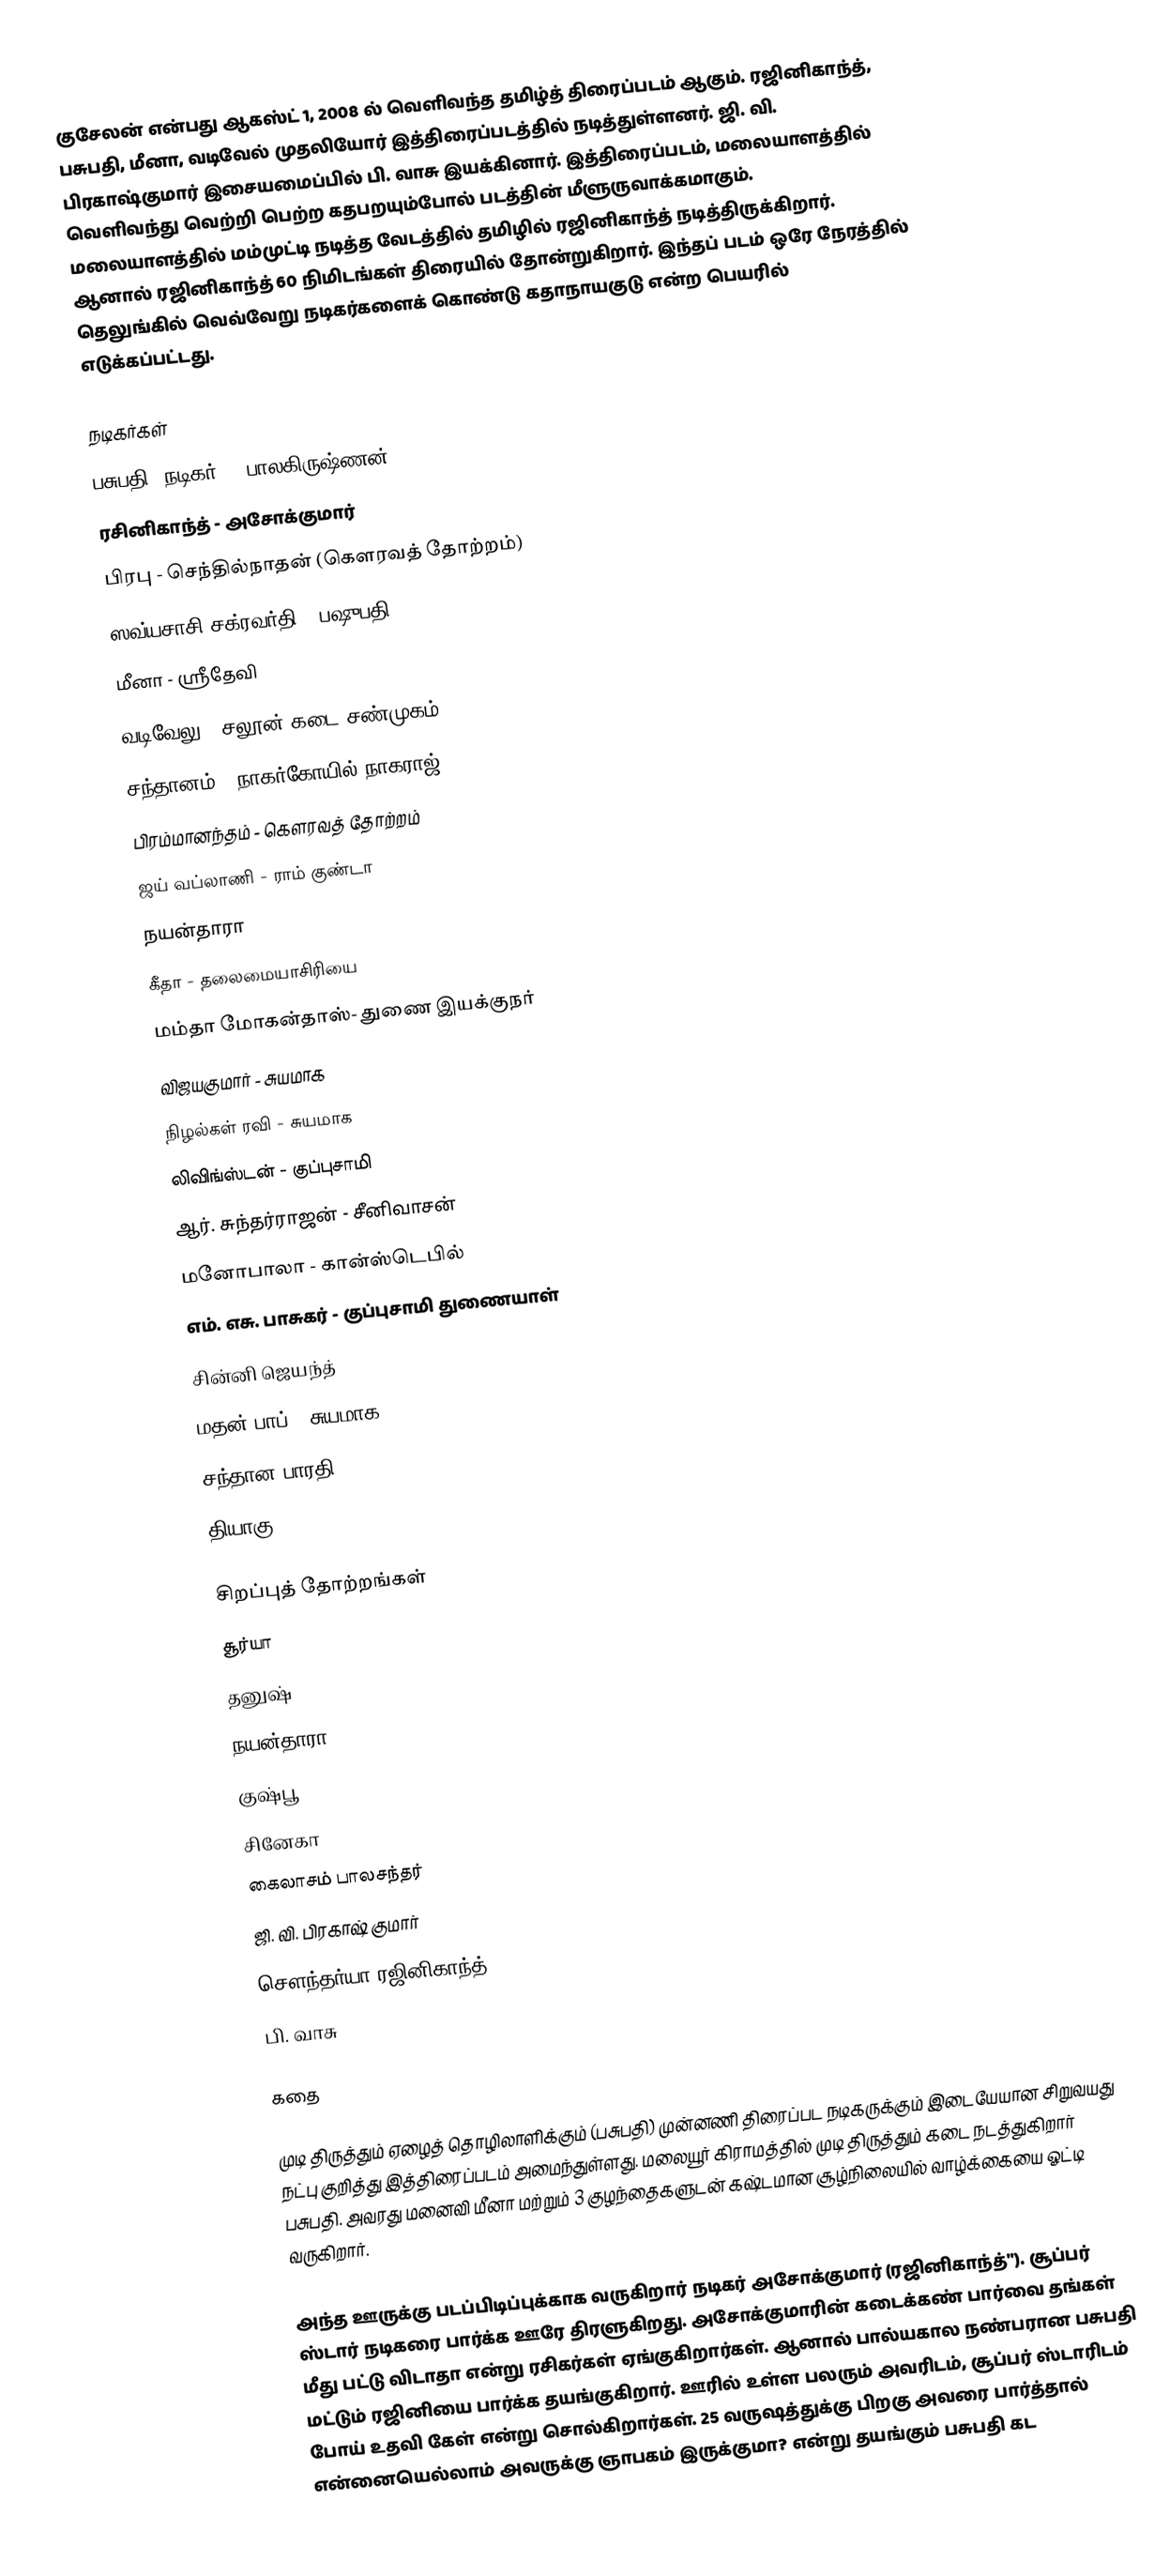
குசேலன் என்பது ஆகஸ்ட் 1, 2008 ல் வெளிவந்த தமிழ்த் திரைப்படம் ஆகும். ரஜினிகாந்த், பசுபதி, மீனா, வடிவேல் முதலியோர் இத்திரைப்படத்தில் நடித்துள்ளனர். ஜி. வி. பிரகாஷ்குமார் இசையமைப்பில் பி. வாசு இயக்கினார். இத்திரைப்படம், மலையாளத்தில் வெளிவந்து வெற்றி பெற்ற கதபறயும்போல் படத்தின் மீளுருவாக்கமாகும். மலையாளத்தில் மம்முட்டி நடித்த வேடத்தில் தமிழில் ரஜினிகாந்த் நடித்திருக்கிறார். ஆனால் ரஜினிகாந்த் 60 நிமிடங்கள் திரையில் தோன்றுகிறார். இந்தப் படம் ஒரே நேரத்தில் தெலுங்கில் வெவ்வேறு நடிகர்களைக் கொண்டு கதாநாயகுடு என்ற பெயரில் எடுக்கப்பட்டது.

நடிகர்கள்
 பசுபதி (நடிகர்) - பாலகிருஷ்ணன்
 ரசினிகாந்த் - அசோக்குமார்
 பிரபு - செந்தில்நாதன் (கௌரவத் தோற்றம்)
 ஸவ்யசாசி சக்ரவர்தி - பஷுபதி
 மீனா - ஶ்ரீதேவி
 வடிவேலு - சலூன் கடை சண்முகம்
 சந்தானம் - நாகர்கோயில் நாகராஜ்
 பிரம்மானந்தம் - கௌரவத் தோற்றம்
 ஜய் வப்லாணி - ராம் குண்டா
 நயன்தாரா
 கீதா - தலைமையாசிரியை
 மம்தா மோகன்தாஸ்- துணை இயக்குநர்
 விஜயகுமார் - சுயமாக
 நிழல்கள் ரவி - சுயமாக
 லிவிங்ஸ்டன்  - குப்புசாமி
 ஆர். சுந்தர்ராஜன் - சீனிவாசன்
 மனோபாலா - கான்ஸ்டெபில்
 எம். எசு. பாசுகர் - குப்புசாமி துணையாள்
 சின்னி ஜெயந்த்
 மதன் பாப் - சுயமாக
 சந்தான பாரதி
தியாகு

சிறப்புத் தோற்றங்கள்
 சூர்யா
 தனுஷ்
 நயன்தாரா
 குஷ்பூ
 சினேகா
 கைலாசம் பாலசந்தர்
 ஜி. வி. பிரகாஷ் குமார்
 சௌந்தர்யா ரஜினிகாந்த்
 பி. வாசு

கதை

முடி திருத்தும் ஏழைத் தொழிலாளிக்கும் (பசுபதி) முன்னணி திரைப்பட நடிகருக்கும் இடையேயான சிறுவயது நட்பு குறித்து இத்திரைப்படம் அமைந்துள்ளது. மலையூர் கிராமத்தில் முடி திருத்தும் கடை நடத்துகிறார் பசுபதி. அவரது மனைவி மீனா மற்றும் 3 குழந்தைகளுடன் கஷ்டமான சூழ்நிலையில் வாழ்க்கையை ஓட்டி வருகிறார்.

அந்த ஊருக்கு படப்பிடிப்புக்காக வருகிறார் நடிகர் அசோக்குமார் (ரஜினிகாந்த்''). சூப்பர் ஸ்டார் நடிகரை பார்க்க ஊரே திரளுகிறது. அசோக்குமாரின் கடைக்கண் பார்வை தங்கள் மீது பட்டு விடாதா என்று ரசிகர்கள் ஏங்குகிறார்கள். ஆனால் பால்யகால நண்பரான பசுபதி மட்டும் ரஜினியை பார்க்க தயங்குகிறார். ஊரில் உள்ள பலரும் அவரிடம், சூப்பர் ஸ்டாரிடம் போய் உதவி கேள் என்று சொல்கிறார்கள். 25 வருஷத்துக்கு பிறகு அவரை பார்த்தால் என்னையெல்லாம் அவருக்கு ஞாபகம் இருக்குமா? என்று தயங்கும் பசுபதி கட